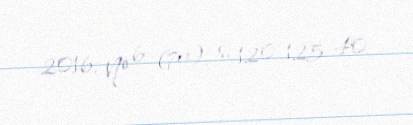
2016, № 6 (79), s. 120-125 40.